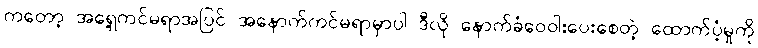
ကတော့ အရှေ့ကင်မရာအပြင် အနောက်ကင်မရာမှာပါ ဒီလို နောက်ခံဝေဝါးပေးစေတဲ့ ထောက်ပံ့မှုကို